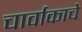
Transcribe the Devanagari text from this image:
चार्वाकाचे